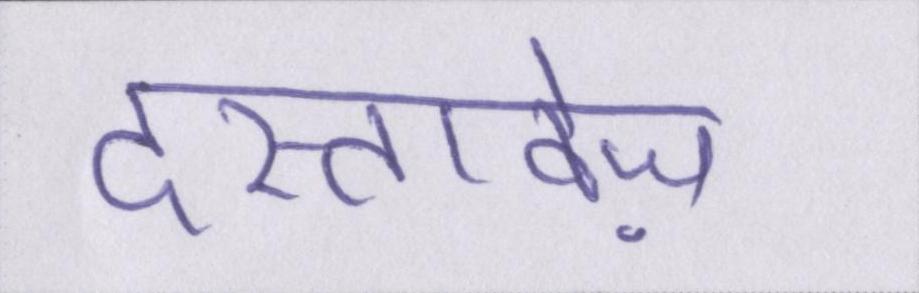
दस्तावेज़